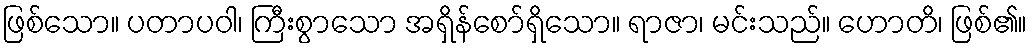
ဖြစ်သော။ ပတာပဝါ၊ ကြီးစွာသော အရှိန်စော်ရှိသော။ ရာဇာ၊ မင်းသည်။ ဟောတိ၊ ဖြစ်၏။